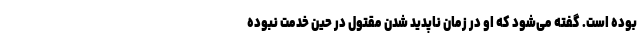
بوده است. گفته می‌شود که او در زمان ناپدید شدن مقتول در حین خدمت نبوده